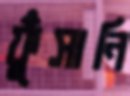
ফুঁসানি